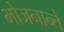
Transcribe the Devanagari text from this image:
भोजनान्ते